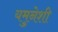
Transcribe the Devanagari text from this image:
यमुनेशी